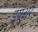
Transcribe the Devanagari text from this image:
ड्यूअर